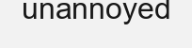
unannoyed